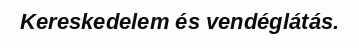
Kereskedelem és vendéglátás.